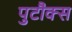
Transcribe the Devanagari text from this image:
पुटौक्स